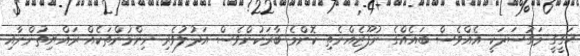
ޙަގީގީ މަގުސަދަކީ އެއްވެސް ބައެއްގެ ނުފޫޒެއްނެތި ކޮންމެ ބާރަކުންވެސް އަދުލުވެރި ނިންމުންތަކެއް ރައްޔިތުންނާއި